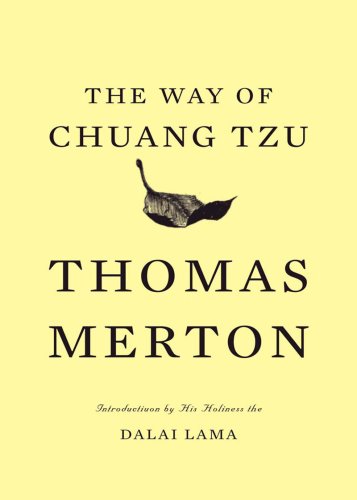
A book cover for The Way of Chuang Tzu (Second Edition); Thomas Merton; Literature & Fiction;